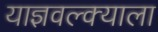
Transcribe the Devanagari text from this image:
याज्ञवल्क्याला